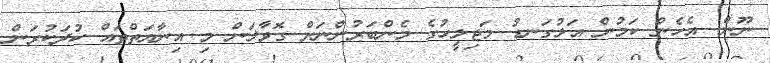
ނޫން. އެހެން ކަމުން އަޅުގަނޑު މަޖިލީހުގެ މެންބަރުންނަށް ގޮވާލަން މި އިނާޔަތްތައް ކުދަކުރަން